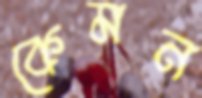
কেমন